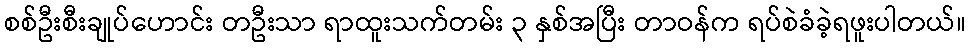
စစ်ဦးစီးချုပ်ဟောင်း တဦးသာ ရာထူးသက်တမ်း ၃ နှစ်အပြီး တာဝန်က ရပ်စဲခံခဲ့ရဖူးပါတယ်။